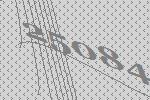
25084